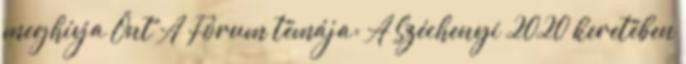
meghívja Önt A Fórum témája: A Széchenyi 2020 keretében